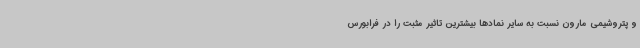
و پتروشیمی مارون نسبت به سایر نمادها بیشترین تاثیر مثبت را در فرابورس